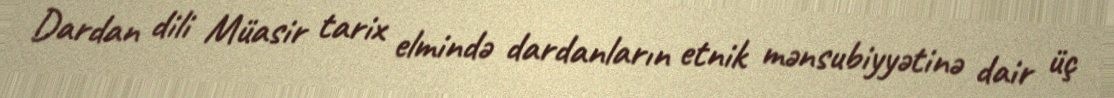
Dardan dili Müasir tarix elmində dardanların etnik mənsubiyyətinə dair üç